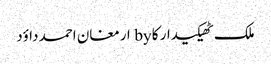
ملک ٹھیکیدار کا by ارمغان احمد داؤد